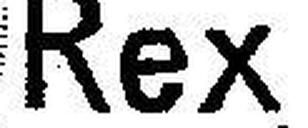
Rex